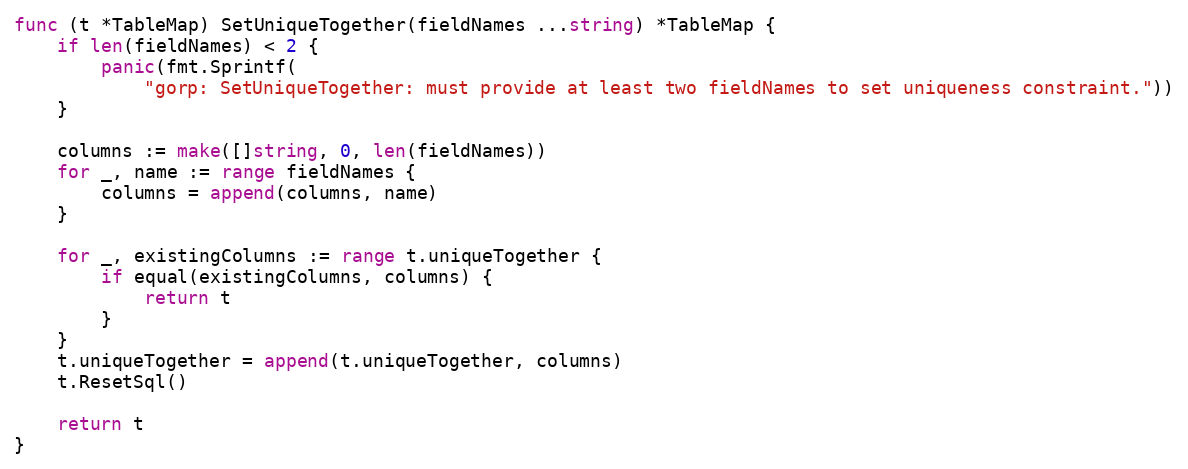
Language: Go
func (t *TableMap) SetUniqueTogether(fieldNames ...string) *TableMap {
	if len(fieldNames) < 2 {
		panic(fmt.Sprintf(
			"gorp: SetUniqueTogether: must provide at least two fieldNames to set uniqueness constraint."))
	}

	columns := make([]string, 0, len(fieldNames))
	for _, name := range fieldNames {
		columns = append(columns, name)
	}

	for _, existingColumns := range t.uniqueTogether {
		if equal(existingColumns, columns) {
			return t
		}
	}
	t.uniqueTogether = append(t.uniqueTogether, columns)
	t.ResetSql()

	return t
}